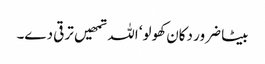
بیٹا ضرور دکان کھولو‘ اللہ تمھیں ترقی دے۔